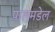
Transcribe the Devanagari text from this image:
पालमडेल